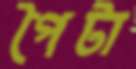
পৈটা